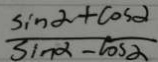
\frac { \sin \alpha + \cos \alpha } { \sin \alpha - \cos \alpha }